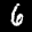
Label: 6